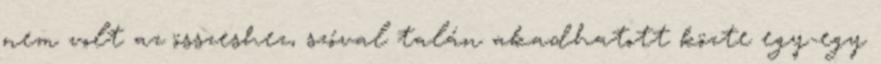
nem volt az összeshez, szóval talán akadhatott közte egy-egy